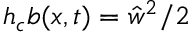
h _ { c } b ( x , t ) = \hat { w } ^ { 2 } / 2